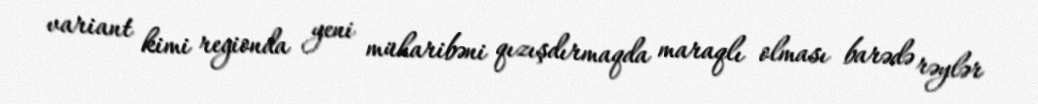
variant kimi regionda yeni müharibəni qızışdırmaqda maraqlı olması barədə rəylər